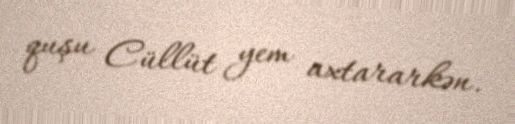
quşu Cüllüt yem axtararkən.